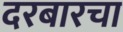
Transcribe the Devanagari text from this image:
दरबारचा